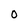
Character: 0